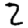
Digit: 2